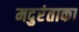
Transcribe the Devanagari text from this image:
मदुरंताका